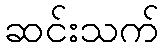
ဆင်းသက်